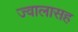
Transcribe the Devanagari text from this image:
ज्वालासह